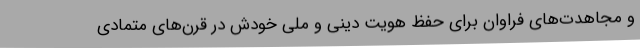
و مجاهدت‌های فراوان برای حفظ هویت دینی و ملی خودش در قرن‌های متمادی